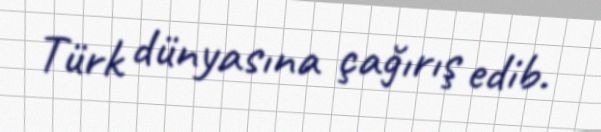
Türk dünyasına çağırış edib.